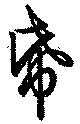
帋